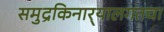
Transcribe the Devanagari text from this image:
समुद्रकिनार्‍यालगतचा